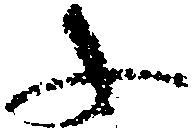
ふ